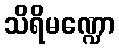
သိရိမဏ္ဍော